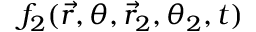
f _ { 2 } ( \vec { r } , \theta , \vec { r } _ { 2 } , \theta _ { 2 } , t )